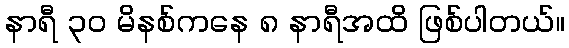
နာရီ ၃၀ မိနစ်ကနေ ၈ နာရီအထိ ဖြစ်ပါတယ်။